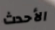
الأحدث